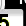
Digit: 5